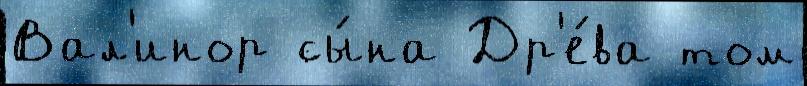
Вал'инор сы́на Др'е́ва том